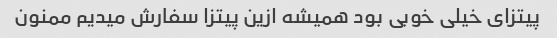
پیتزای خیلی خوبی بود همیشه ازین پیتزا سفارش میدیم ممنون